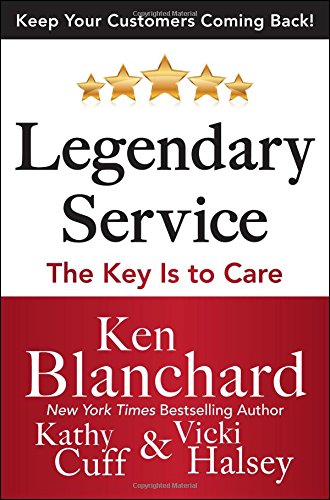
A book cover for LEGENDARY SERVICE: The Key is to Care; Ken Blanchard; Business & Money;